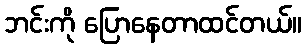
ဘင်းကို ပြောနေတာထင်တယ်။